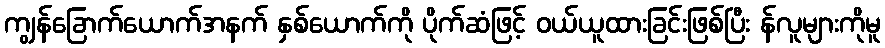
ကျွန်ခြောက်ယောက်အနက် နှစ်ယောက်ကို ပိုက်ဆံဖြင့် ဝယ်ယူထားခြင်းဖြစ်ပြီး န်လူများကိုမူ